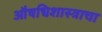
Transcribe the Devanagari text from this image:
औषधिशास्त्राचा